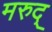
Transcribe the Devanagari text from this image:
मरुद्